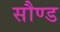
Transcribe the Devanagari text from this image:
सौण्ड